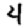
Digit: 4